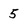
Character: 5